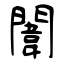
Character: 闈